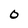
Character: O